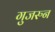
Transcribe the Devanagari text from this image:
गुजरुन